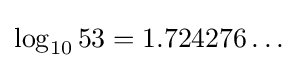
\log _{10}{53}=1.724276\ldots